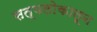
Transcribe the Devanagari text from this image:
सत्यलोकातून